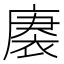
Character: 𮖒